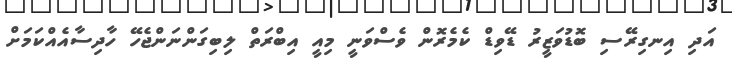
އަދި އިނގިރޭސި ބޮޑުވަޒީރު ޑޭވިޑް ކެމެރޮން ވެސްވަނީ މިއީ އިބްރަތް ލިބިގަންނަންޖެހޭ ހާދިސާއެއްކަމަށް